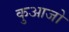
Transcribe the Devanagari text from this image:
कुआजो